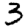
Digit: 3